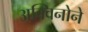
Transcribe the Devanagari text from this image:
अक्विनोने